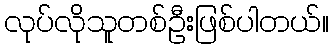
လုပ်လိုသူတစ်ဦးဖြစ်ပါတယ်။